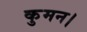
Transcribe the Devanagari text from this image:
कुमन।